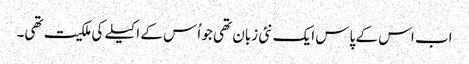
اب اس کے پاس ایک نئی زبان تھی جو اُس کے اکیلے کی ملکیت تھی۔